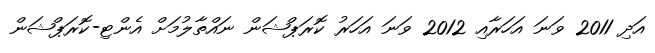
އަދި 2011 ވަނަ އަހަރާއި 2012 ވަނަ އަހަރު ކޮރަޕްޝަން ނައްތާލުމަށް އެންޓި-ކޮރަޕްޝަން